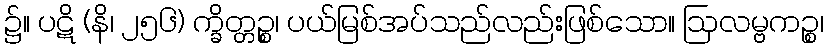
၌။ ပဋိ (နိ၊ ၂၅၆) က္ခိတ္တဉ္စ၊ ပယ်မြစ်အပ်သည်လည်းဖြစ်သော။ ဩလမ္ဗကဉ္စ၊